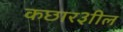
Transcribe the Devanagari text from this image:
कछार३ाील